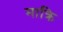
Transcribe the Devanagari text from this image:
माक्रि